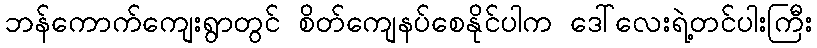
ဘန်ကောက်ကျေးရွာတွင် စိတ်ကျေနပ်စေနိုင်ပါက ဒေါ်လေးရဲ့တင်ပါးကြီး